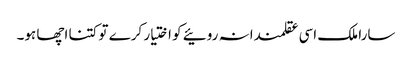
سارا ملک اسی عقلمندانہ روئیے کو اختیار کرے تو کتنا اچھا ہو۔